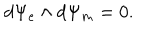
LaTeX: d \Psi _ { e } \wedge d \Psi _ { m } = 0 .